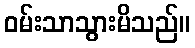
ဝမ်းသာသွားမိသည်။